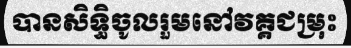
បានសិទ្ធិចូលរួមនៅវគ្គជម្រុះ